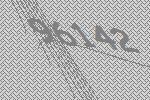
96142